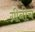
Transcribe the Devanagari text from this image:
ग्रीनीच